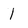
Character: 1